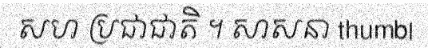
សហ ប្រជាជាតិ ។ សាសនា thumb|